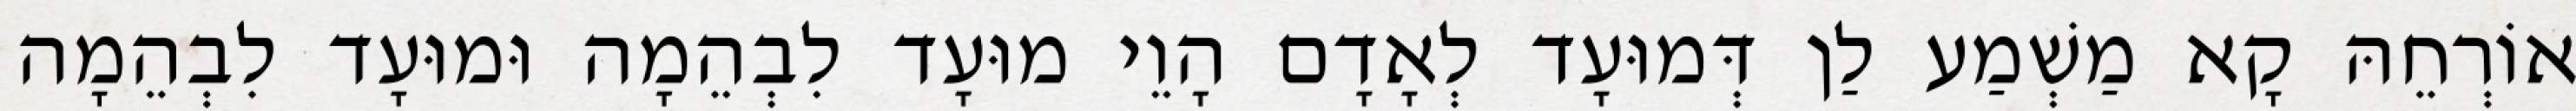
אוֹרְחֵהּ קָא מַשְׁמַע לַן דְּמוּעָד לְאָדָם הָוֵי מוּעָד לִבְהֵמָה וּמוּעָד לִבְהֵמָה